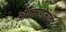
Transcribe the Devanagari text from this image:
ओक्लाहोमाचा